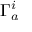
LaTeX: \Gamma _ { a } ^ { i }